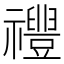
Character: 𱵷